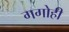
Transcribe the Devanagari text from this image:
गगोही